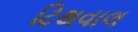
ટિથવાલ